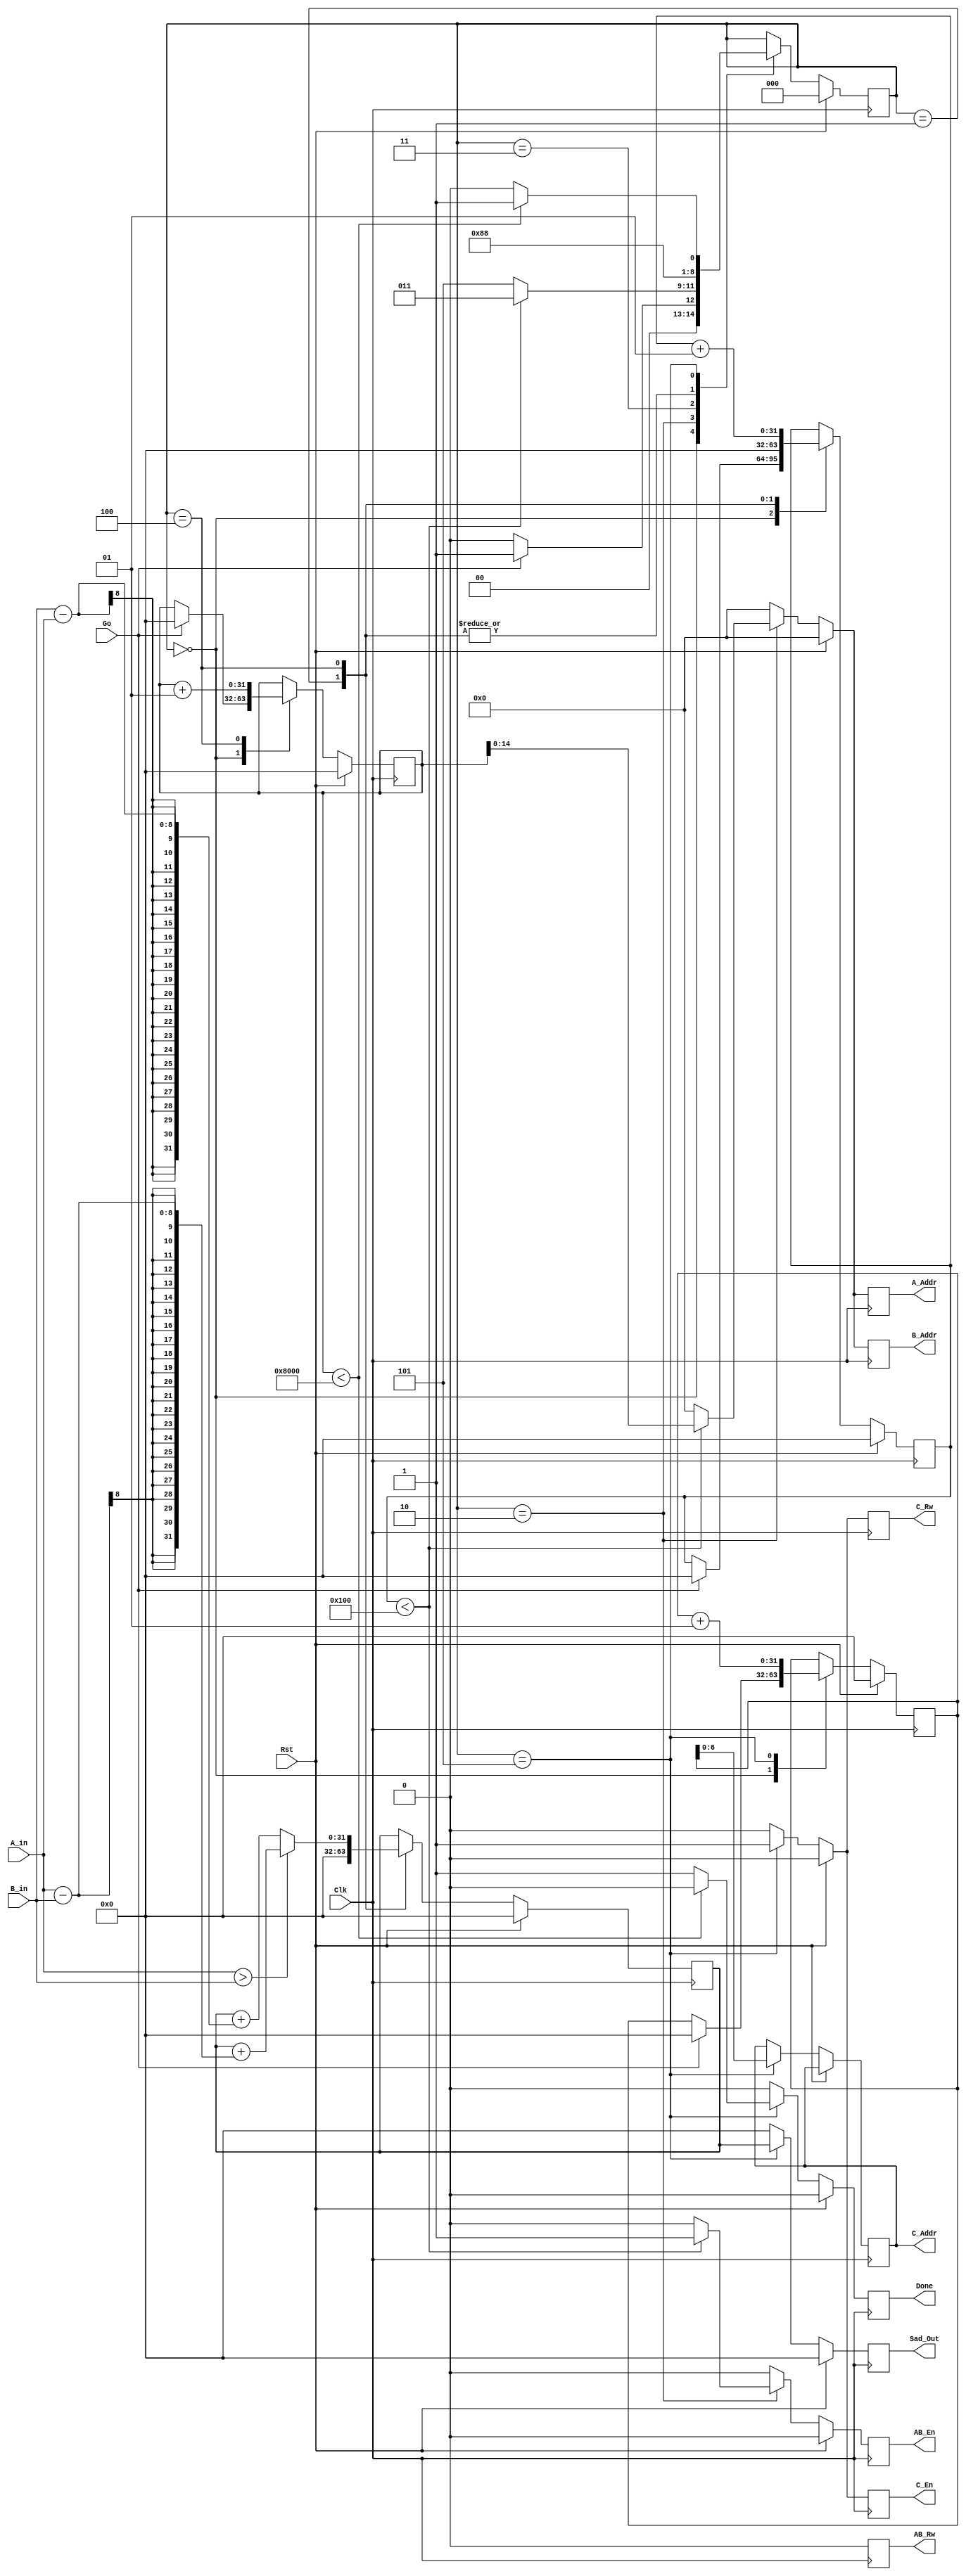
`timescale 1 ns/1 ns

module ModifiedSAD(A_in, B_in, Rst, Go, Sad_Out, A_Addr, B_Addr, AB_En, AB_Rw, C_Addr, C_En, C_Rw, Clk, Done);

	// input
	input Go;
	input [7:0] A_in, B_in;
	input Rst;
	input Clk;
	
	// output
	output reg [31:0] Sad_Out;
	output reg [14:0] A_Addr, B_Addr;
	output reg AB_En, AB_Rw, C_En, C_Rw, Done;
	output reg [6:0] C_Addr;

	// internal variables
	integer I, J, K;
	integer Sum;
	
	// State Encoding
	parameter S0 = 0, S1 = 1, S2 = 2, S2a = 3, S3 = 4, S4 = 5; 

	// State Register
	reg [2:0] State;

	always@(posedge Clk) begin
		// reset
		if(Rst == 1'b1) begin
			I <= 0; J <= 0; K <= 0;
			Sad_Out <= 0;
			Sum <= 0;
			A_Addr <= 0;	
			B_Addr <= 0;
			AB_En <= 0;
			AB_Rw <= 0;
			C_En <= 0;
			C_Rw <= 0;
			Done <= 0;
			State <= S0;
		end
		else begin
			// set values to default before every state
			A_Addr <= 0;
			B_Addr <= 0;
			C_Addr <= 0;
			AB_En <= 0;
			AB_Rw <= 0;
			C_En <= 0;
			C_Rw <= 0;
			Sad_Out <= 0;
			Done <= 0;
			case(State)
				// after rising edge of clock : S0
				S0: begin
					if(Go == 1'b1) begin
						State <= S1;
						I <= 0; J <= 0; K <= 0;
					end
					else
						State <= S0;
				end
				// after rising edge of clock : S1
				S1: begin
					Sum <= 0;
					J <= 0;
					State <= S2;
				end
				// after rising edge of clock : S2
				S2: begin
					if(J < 256) begin
						A_Addr <= I;
						B_Addr <= I;
						AB_En <= 1; // en == 1 && rd == 0 : read
						AB_Rw <= 0;
						State <= S2a;
					end
					else
						State <= S4;
				end
				S2a: begin
				// after rising edge of clock : S2a
				// Memory reads AB_Addr, AB_En, AB_Rd
					State <= S3;
				end
				S3: begin
				// after rising edge of clock : S3
				// Memory yields output
					if (A_in > B_in)
						Sum <= Sum + (A_in - B_in);
					else				
						Sum <= Sum + (B_in - A_in);
					I <= I + 1;
					J <= J + 1;
					State <= S2;
				end
				S4: begin
				// after rising edge of clock : S4
					Sad_Out <= Sum;
					C_En <= 1; // en == 1 && rd == 1 : write
					C_Rw <= 1;
					C_Addr = K;
					K = K + 1;
					if(I < 32768) begin
						State <= S1;
					end
					else begin
						State <= S0;
						Done <= 1'b1;
					end
				end
			endcase
		end
	end

endmodule